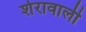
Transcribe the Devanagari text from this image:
शेरावाली